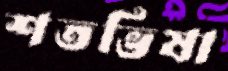
শতভিষা